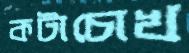
কটাচোখ